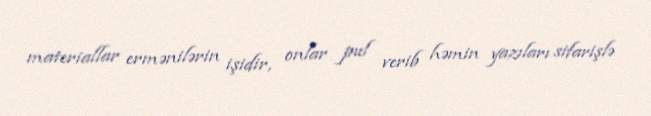
materiallar ermənilərin işidir, onlar pul verib həmin yazıları sifarişlə